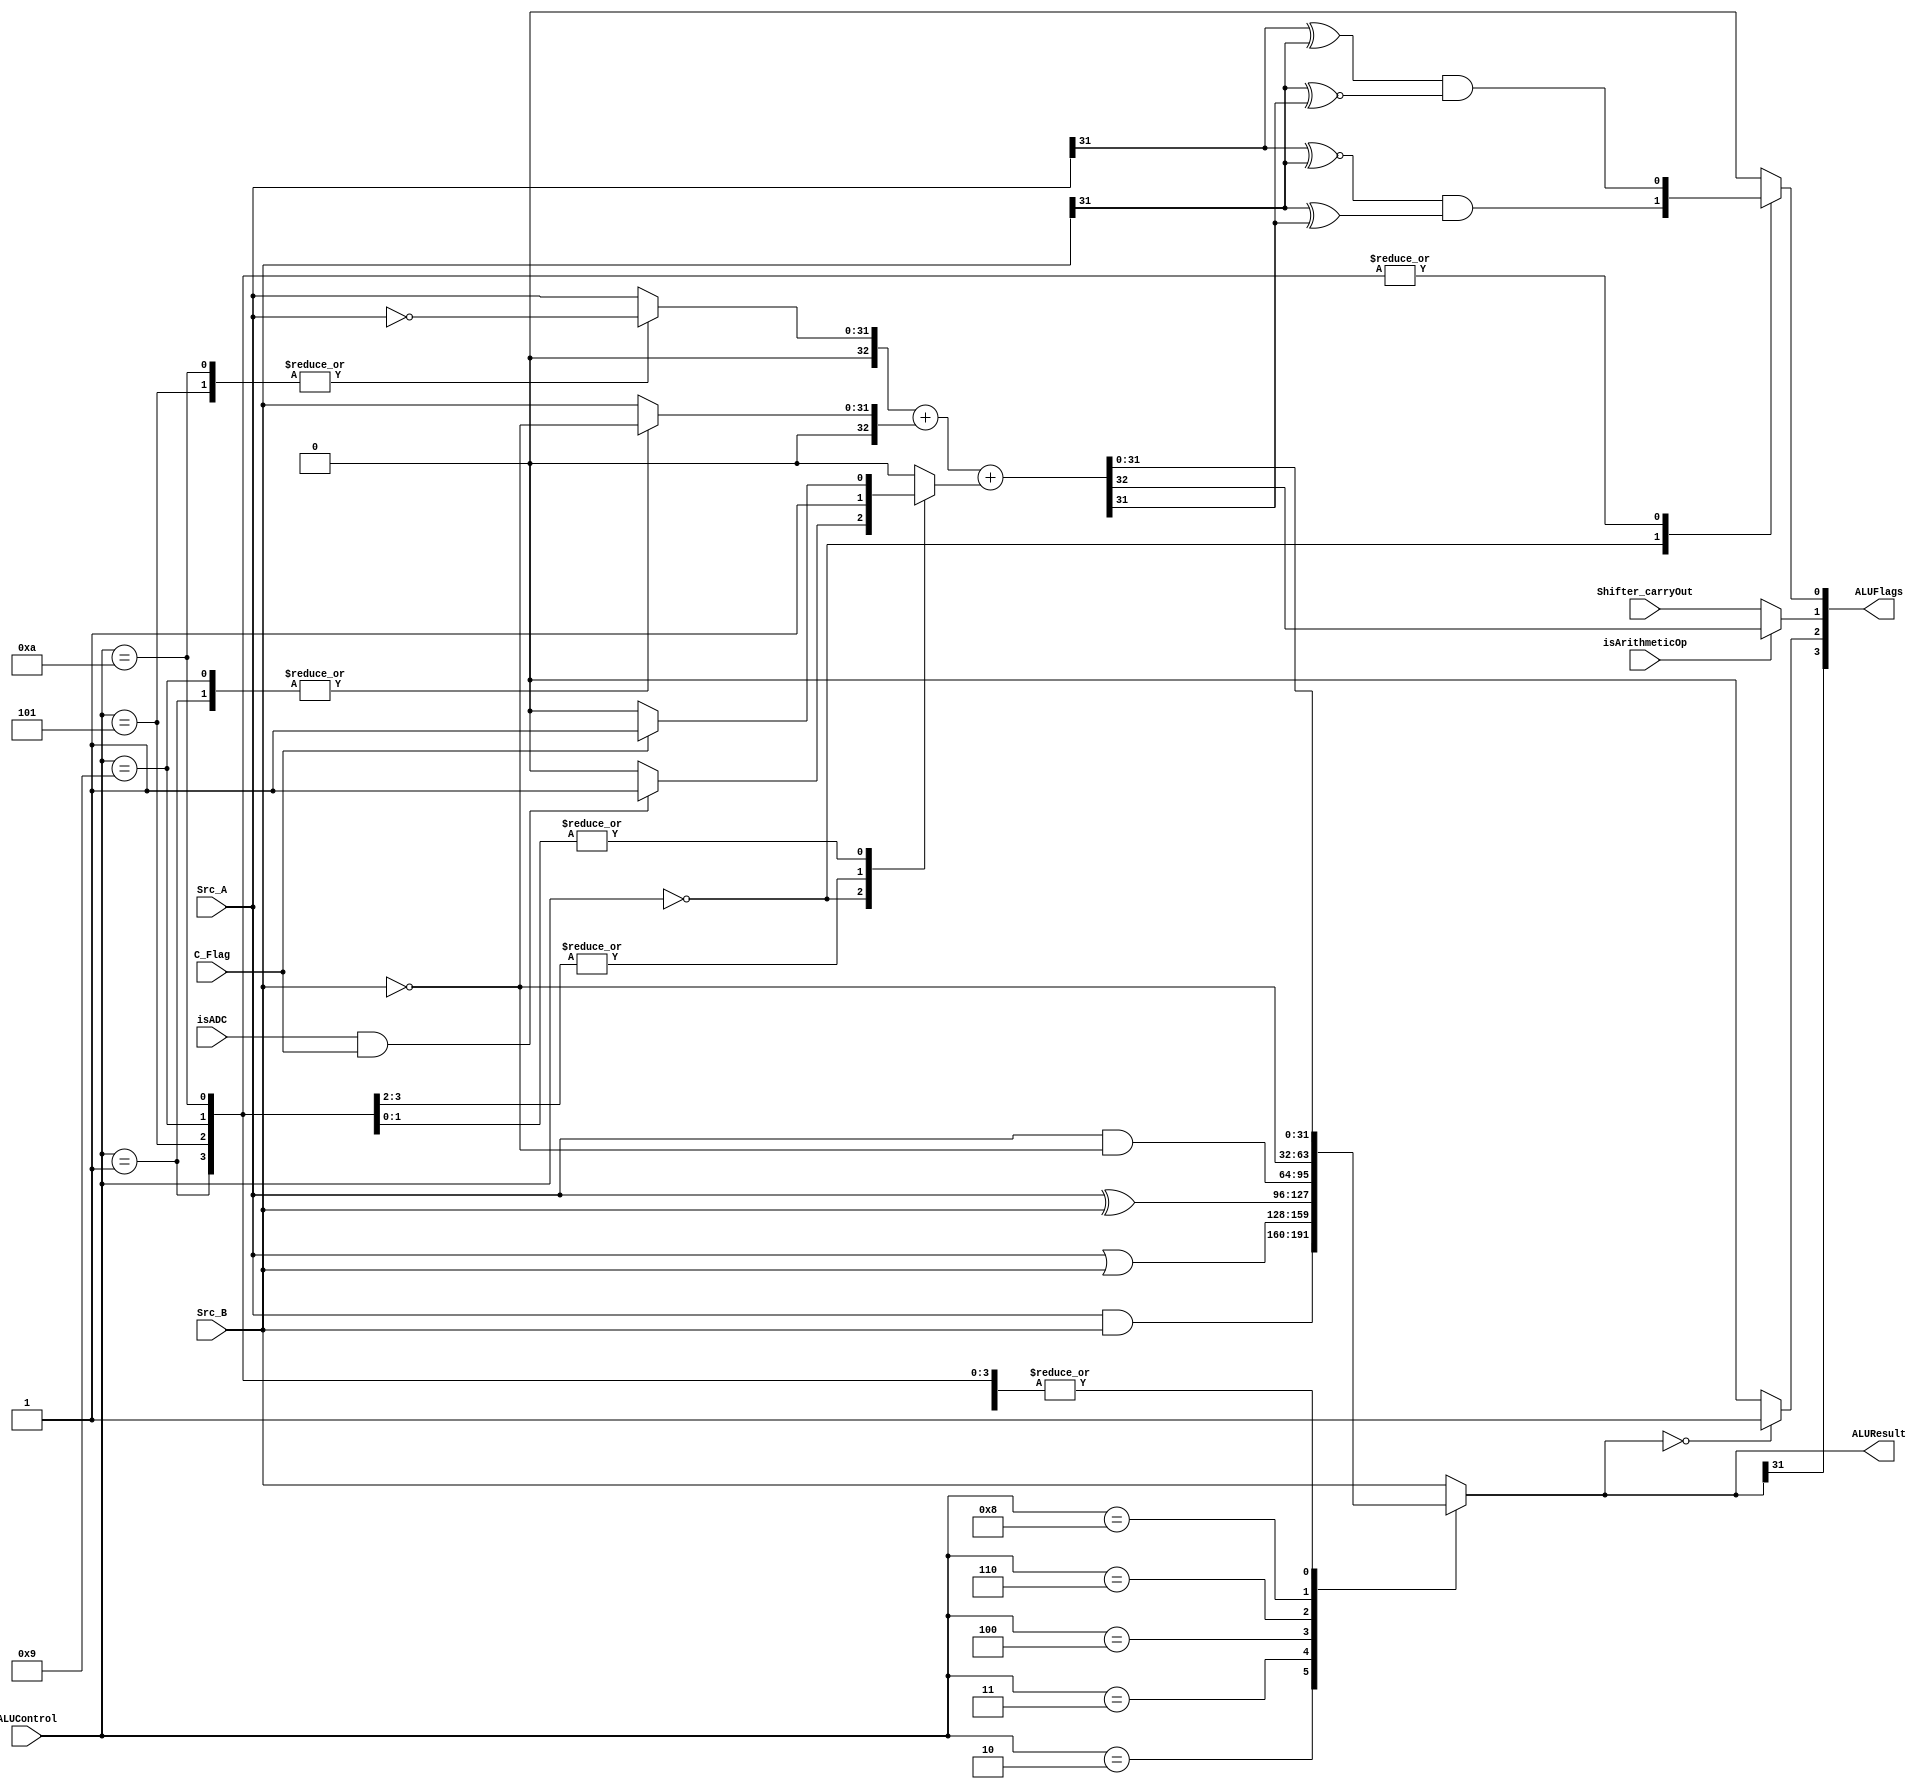
module ALU(
    input [31:0] Src_A,
    input [31:0] Src_B,
    input [3:0] ALUControl,
    input C_Flag,
    input isArithmeticOp,
    input isADC,
    input Shifter_carryOut,
    output [31:0] ALUResult,
    output [3:0] ALUFlags
    );
    
    wire [32:0] S_wider ;
    reg [32:0] Src_A_comp ;
    reg [32:0] Src_B_comp ;
    reg [31:0] ALUResult_i ;
    reg [32:0] C_0 ;
    wire N, Z, C ;
    reg V ;
    
    assign N = ALUResult_i[31] ;
    assign Z = (ALUResult_i == 0) ? 1 : 0 ;
    assign C = (isArithmeticOp == 1'b1) ? S_wider[32] : Shifter_carryOut;
    assign ALUResult = ALUResult_i ;
    assign ALUFlags = {N, Z, C, V} ;  
    
    assign S_wider = Src_A_comp + Src_B_comp + C_0;                           
    
    // Below sets the Src_A_comp, Src_B_comp, C_0, C_Flag, ALUResult_i to be assigned
    always@(Src_A, Src_B, ALUControl, S_wider, C_Flag, isADC) begin
        // default values; help avoid latches
        C_0 <= 0 ;
        Src_A_comp <= {1'b0, Src_A} ;
        Src_B_comp <= {1'b0, Src_B} ;
        ALUResult_i <= Src_B ;
        V <= 0 ;
    
        case(ALUControl)
            4'b0000: begin    // for ADD, ADDS, ADC
                ALUResult_i <= S_wider[31:0] ;
                // only if ADC instruction, then consider C_Flag
                if (isADC && C_Flag) begin  
                    C_0[0] <= 1;
                end
                V <= ( Src_A[31] ~^ Src_B[31] )  & ( Src_B[31] ^ S_wider[31] );          
            end
            
            4'b0001: begin    // for SUB, SUBS: A - B = A + B' + 1
                C_0[0] <= 1 ;  
                Src_B_comp <= {1'b0, ~ Src_B} ;
                ALUResult_i <= S_wider[31:0] ;
                V <= ( Src_A[31] ^ Src_B[31] )  & ( Src_B[31] ~^ S_wider[31] );       
            end
            
            4'b0010:    // for TST
                ALUResult_i <= Src_A & Src_B ;
                
            4'b0011:   // for ORR
                ALUResult_i <= Src_A | Src_B ;
                
            4'b0100:   // for TEQ, EOR
                ALUResult_i <= Src_A ^ Src_B ;
                        
            4'b0101: begin    // for RSB: B - A = B + A' + 1
                C_0[0] <= 1 ;  
                Src_A_comp <= {1'b0, ~ Src_A} ;
                ALUResult_i <= S_wider[31:0] ;
                V <= ( Src_A[31] ^ Src_B[31] )  & ( Src_B[31] ~^ S_wider[31] );
            end
            
            4'b0110:    // BIC : A & ~B
                ALUResult_i <= Src_A & ~Src_B;
            
            4'b0111:    // MOV
                ALUResult_i <= Src_B;
            
            4'b1000:    // MVN
                ALUResult_i <= ~Src_B;
                
            4'b1001: begin    // for SBC: A - B - C = A + B' + 1 - C
                C_0[0] <= 1 ;  
                Src_B_comp <= {1'b0, ~ Src_B} ;
                // subtracting one more than usual if C_Flag == 0. 
                // which also means A - B = A + B' + 1 - 1 = A + B'
                if (~C_Flag) begin  
                    C_0[0] <= 0;
                end
                ALUResult_i <= S_wider[31:0] ;
                V <= ( Src_A[31] ^ Src_B[31] )  & ( Src_B[31] ~^ S_wider[31] );       
            end
            4'b1010: begin    // for RSC: B - A = B + A' + 1
                C_0[0] <= 1 ;  
                Src_A_comp <= {1'b0, ~ Src_A} ;
                // subtracting one more than usual if C_Flag == 0. 
                // which also means B - A = B + A' + 1 - 1 = B + A'
                if (~C_Flag) begin  
                    C_0[0] <= 0;
                end
                ALUResult_i <= S_wider[31:0] ;
                V <= ( Src_A[31] ^ Src_B[31] )  & ( Src_B[31] ~^ S_wider[31] );
            end
        endcase ;
    end
    
endmodule